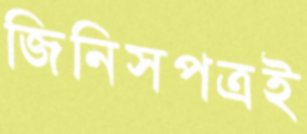
জিনিসপত্রই